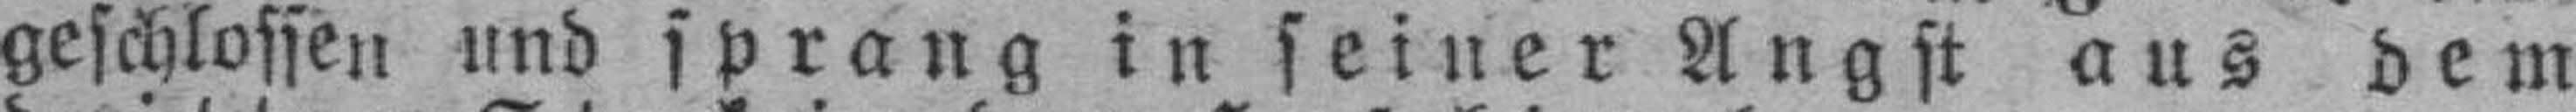
geschlossen und sprang in seiner Angst aus dem